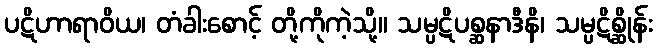
ပဋိဟာရာဝိယ၊ တံခါးစောင့် တို့ကိုကဲ့သို့။ သမ္ပဋိပစ္ဆနာဒီနိ၊ သမ္ပဋိစ္ဆိုန်း